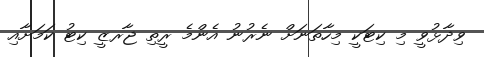
ވިދާޅުވީ މި ކިޓަކީ މިހާތަނަށް ނެރުނު އެންމެ ރީތި ޖާރޒީ ކިޓު ކަމަށާއި